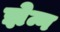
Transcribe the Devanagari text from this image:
झेन्ग